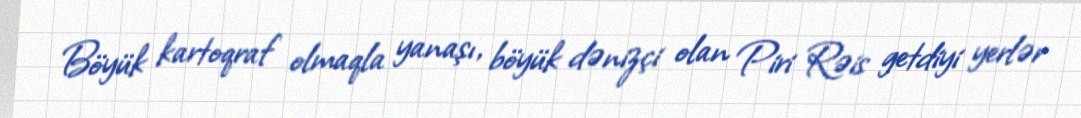
Böyük kartoqraf olmaqla yanaşı, böyük dənizçi olan Piri Rəis getdiyi yerlər